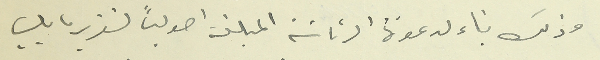
وذلك بناء لدعوة الرئاسَة المبلغة اصولياً لتقرير ما يلي